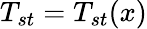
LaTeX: T_{st}=T_{st}(x)